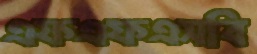
এফএফএসবি